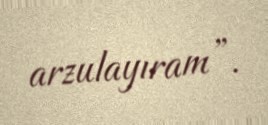
arzulayıram”.